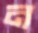
ন